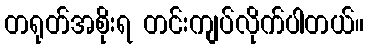
တရုတ်အစိုးရ တင်းကျပ်လိုက်ပါတယ်။